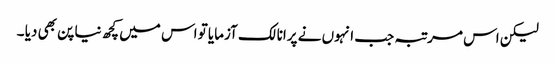
لیکن اس مرتبہ جب انہوں نے پرانا لک آزمایا تو اس میں کچھ نیا پن بھی دیا ۔